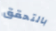
بالتحقق